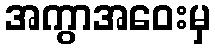
အကွာအဝေးမှ